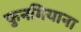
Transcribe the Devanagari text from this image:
फुनगियाना